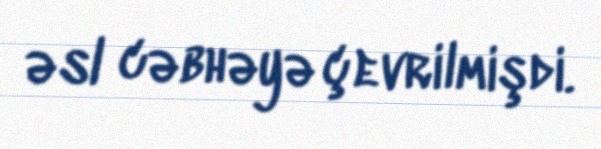
əsl cəbhəyə çevrilmişdi.